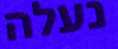
נעלה